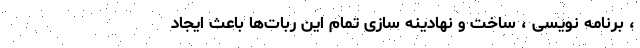
، برنامه نویسی ، ساخت و نهادینه سازی تمام این ربات‌ها باعث ایجاد